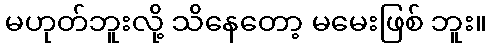
မဟုတ်ဘူးလို့ သိနေတော့ မမေးဖြစ် ဘူး။